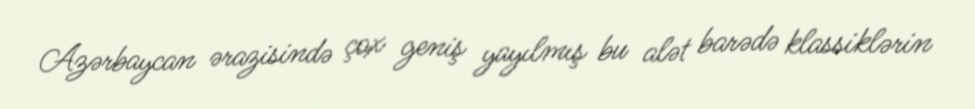
Azərbaycan ərazisində çox geniş yayılmış bu alət barədə klassiklərin